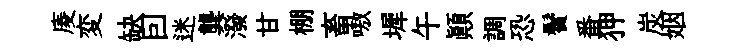
庱変缺囙迷龔潑甘棚畜嗷墀午顛調恐鬢番狎炭姻